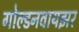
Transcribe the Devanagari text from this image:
गोल्डनवायझर